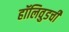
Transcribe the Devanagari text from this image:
हॉलिवुडची